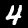
Label: 4